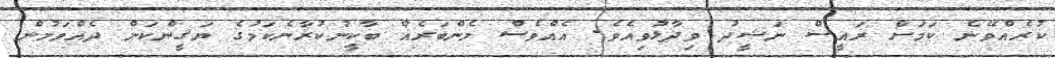
ކުރެެއްވޭނެ ކަމަށް ރައީސް ނަޝީދު ވިދާޅުވިއެވެ. އެއްވެސް މެންބަރެއް ބާކީނުކުރާނެކަމުގެ ޔަޤީންކަން ދެއްވަމުން